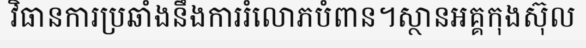
វិធានការប្រឆាំងនឹងការរំលោភបំពាន។ស្ថានអគ្គកុងស៊ុល